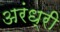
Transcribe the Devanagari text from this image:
अरंध्री